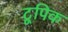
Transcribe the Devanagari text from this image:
टूपिक